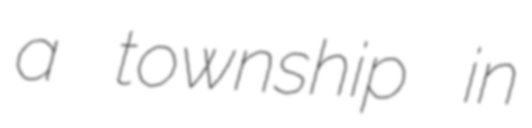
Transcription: a township in